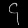
Digit: ၄